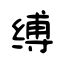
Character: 缚